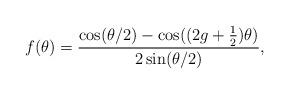
LaTeX: \begin{align*} f(\theta) = \frac{ \cos( \theta/2) - \cos( (2g+\frac{1}{2}) \theta)}{2 \sin (\theta/2)}, \end{align*}